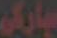
سياركي